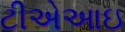
ટીએઆઇ